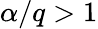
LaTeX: \alpha/q>1